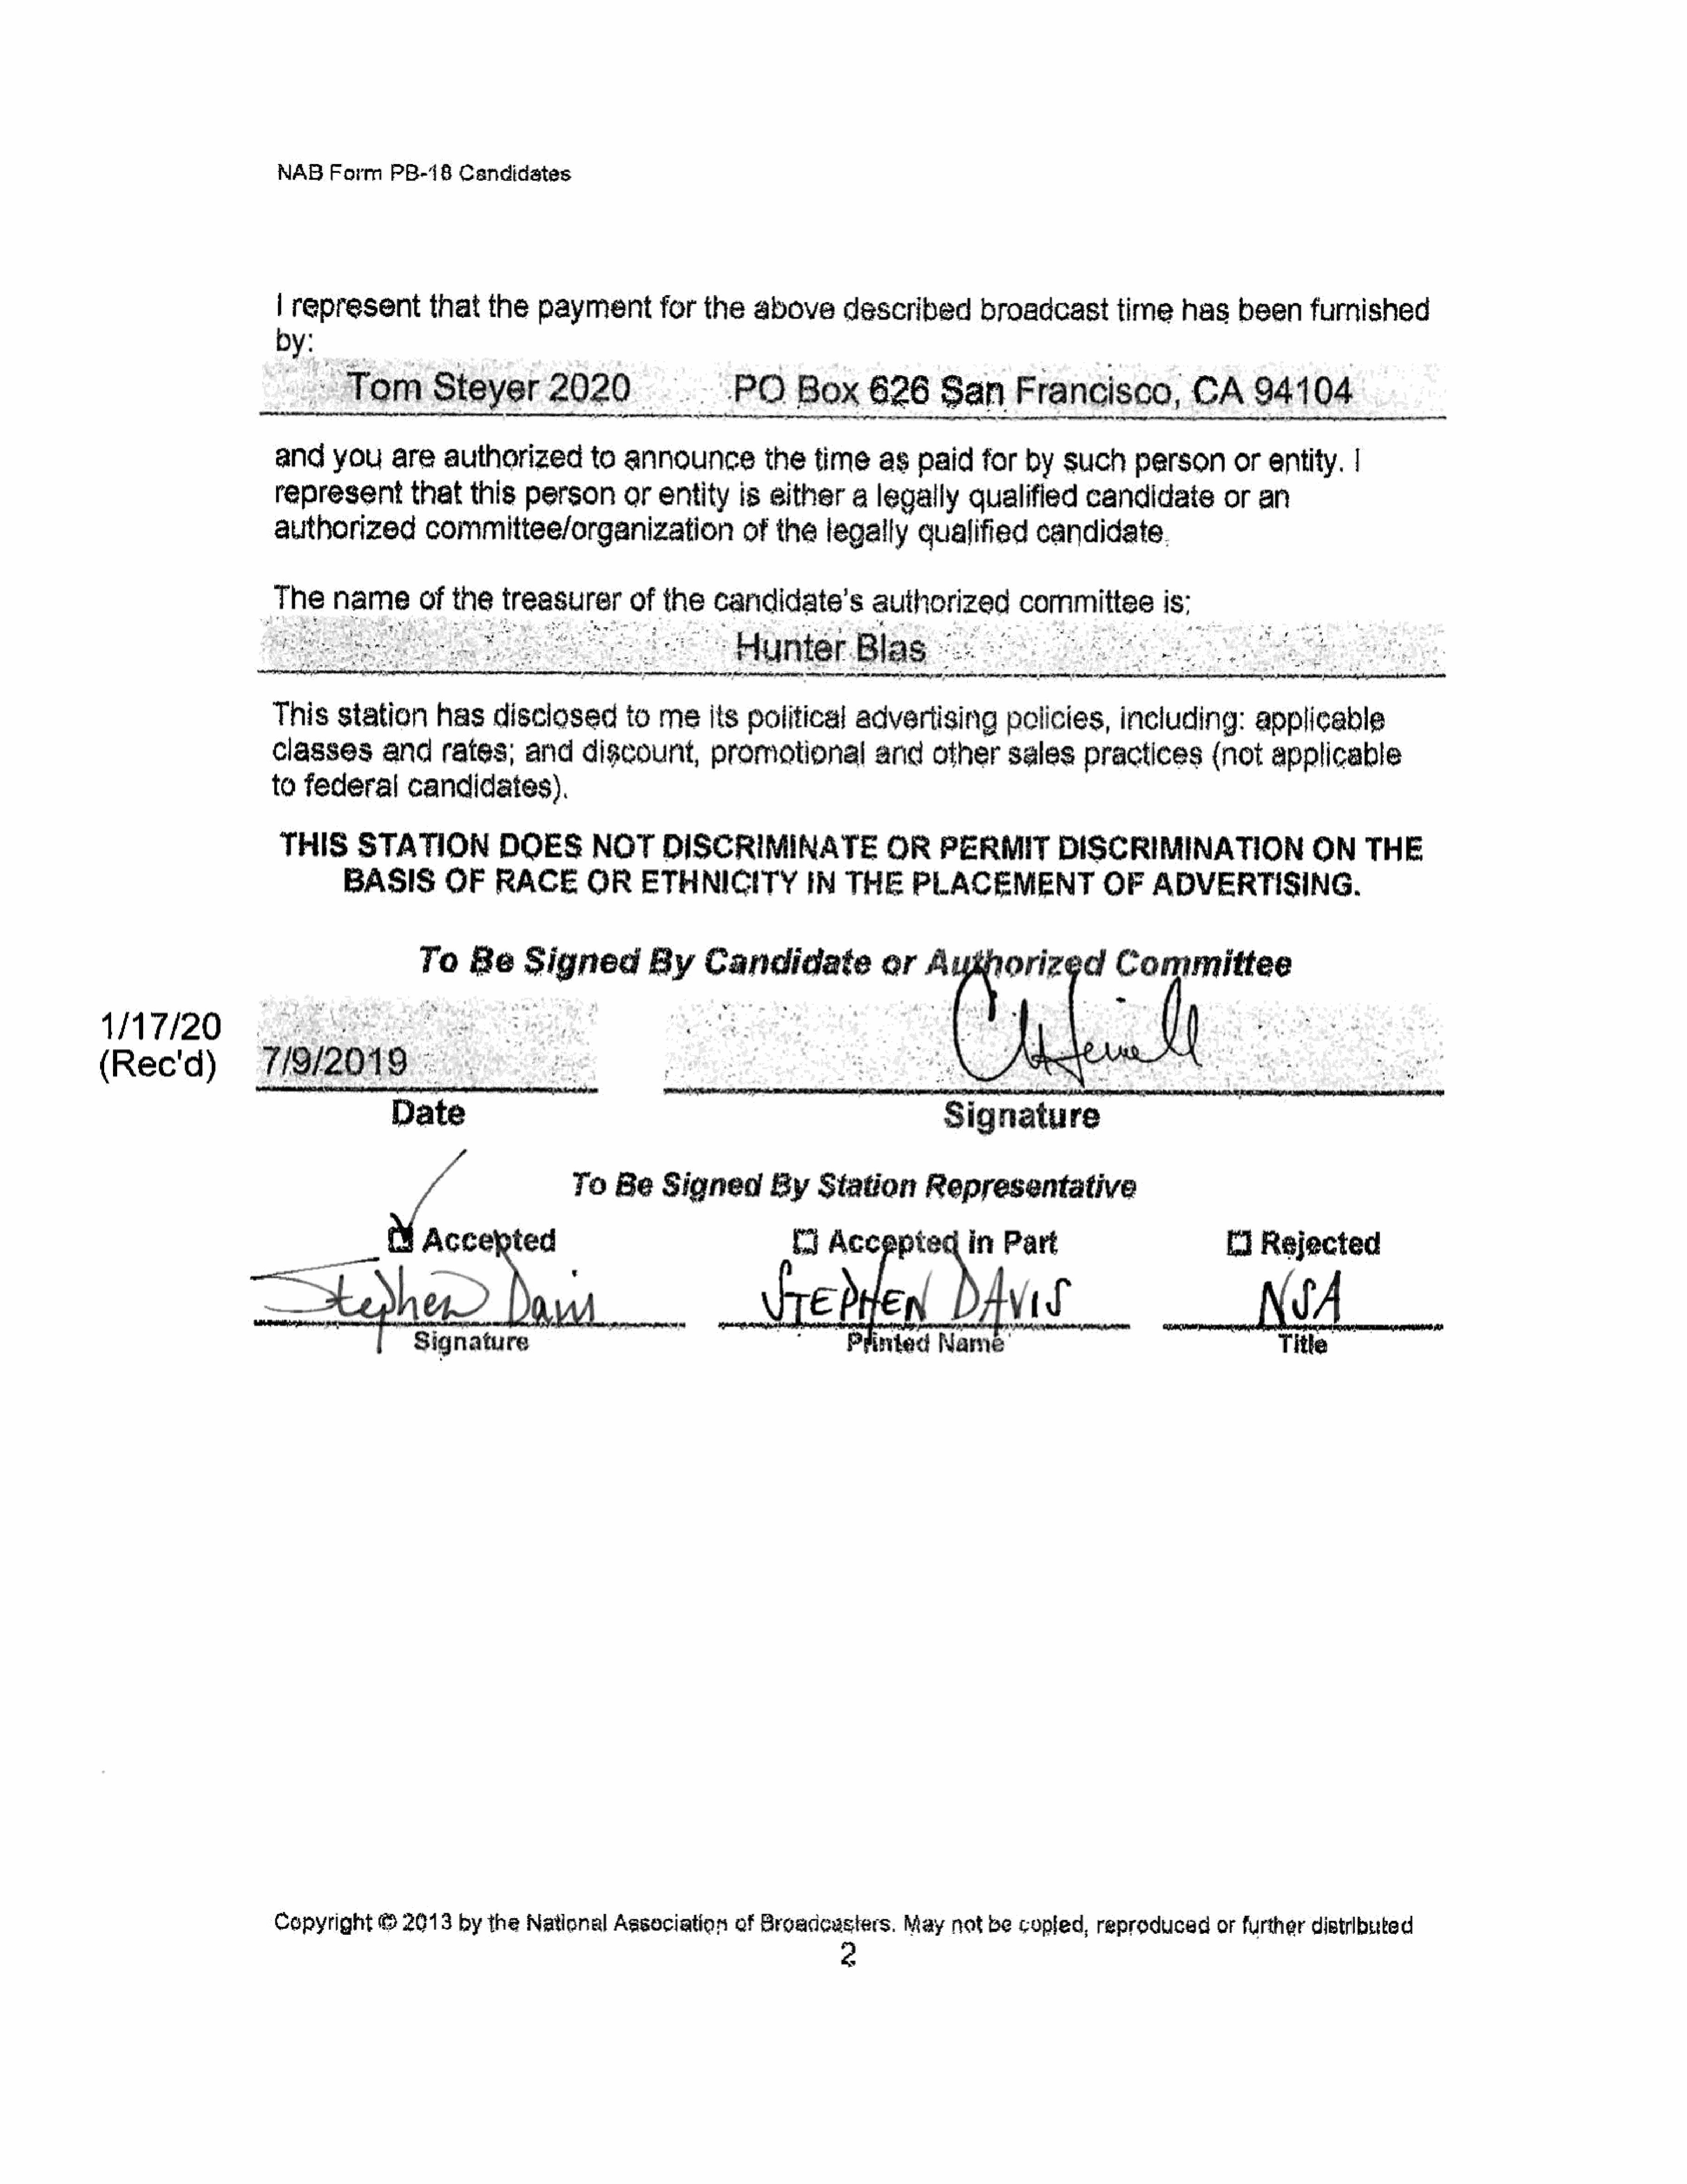
NAB    Form     PB-18     Candidates
 | representthat               the    payment          for    the    above        described          broadcast           time     has     been      furnished
 by:
 -   Tom         Steyer          2020                      PO        Box       626        San       Francisco,                CA      94104
 and      you     are     authorized          to   announce            the    time      as   paid     for    by   such      person        orentity.         |
 represent           that    this    person        or   entity      is  either      a  legally       qualified       candidate           or   an
 authorized            committee/organization                       of   the    legally      qualified        candidate.
 ie       name        of   i      treasurer         of   ue     candidate’s            authorized           committee           is:
 ‘HunterBlas©fk                          3
 esnteenawancetypeetreba
 This     station        has     disclosed          to  meits        political      advertising           policies,       including:         applicable
 classes         and     rates;      and     digcount,          promotional            and     other      sales      practices         (not     applicable
 to  federal        candidates).
 THIS       STATION              DOES         NOT       DISCRIMINATE                    OR     PERMIT           DISCRIMINATION                       ON     THE
 BASIS          OF     RACE         OR      ETHNICITY              IN    THE       PLACEMENT                  OF     ADVERTISING.
 To     Beanon                    ueRaneidate                      orA
 1/17/20
 aarp              -                          .                                                   ae                     )
 (Rec'd)
 ”                                                                               Signature
 To    Be     Signed         By     Station        Representative
 how               ted                                     {J   Ace       "Sin            Part                           KI   Rejected
 :    kph                           Nawh                                     rEPHEWN                   DA                                      NvA
 Signature                                                     Printed      Name’                                            Title
 Copyright      ©   2013    by  the  National     Association      of  Broadcasters.       May    not  be   copfed,    reproduced       orfurtherdistributed
 2